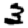
Digit: 3